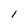
Character: 1